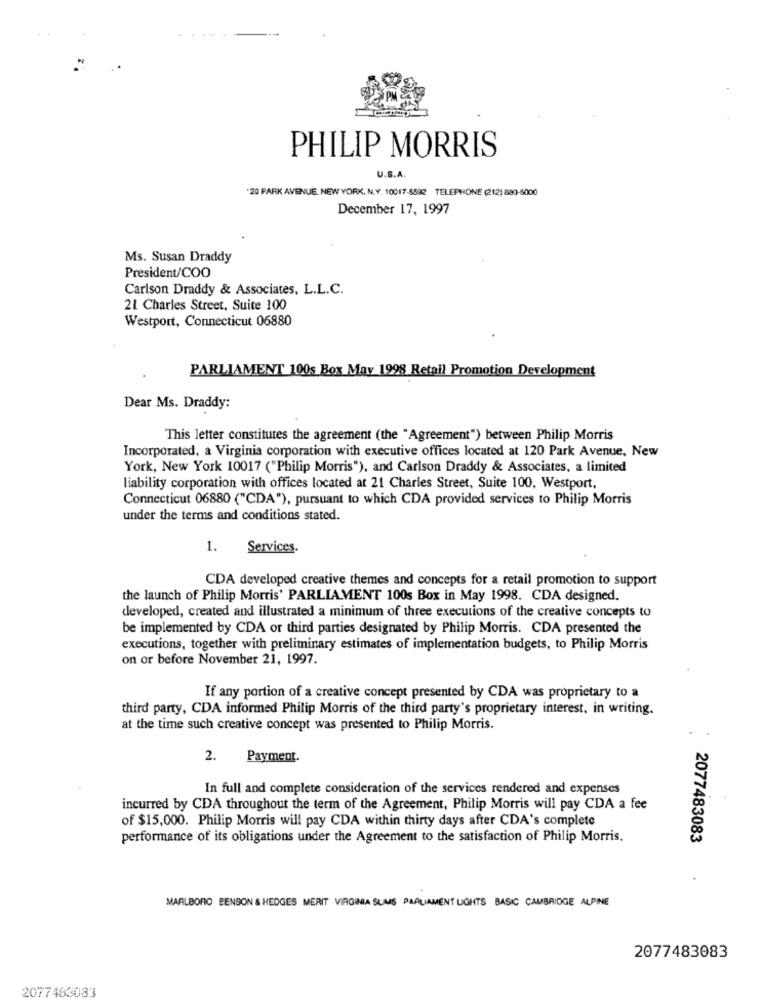
PHILIP MORRIS
U.S.A.
-20 PARK AVENUE, NEW YORK, N.Y. 10017-8532 TELEPHONE (212) 880-6000
December 17, 1997
Ms. Susan Draddy
President/COO
Carlson Draddy & Associates, L.L.C.
21 Charles Street, Suite 100
Westport, Connecticut 06880
PARLIAMENT 100s Box May 1998 Retail Promotion Development
Dear Ms. Draddy:
This letter constitutes the agreement (the "Agreement") between Philip Morris
Incorporated, a Virginia corporation with executive offices located at 120 Park Avenue, New
York, New York 10017 ("Philip Morris"), and Carlson Draddy & Associates, a limited
liability corporation with offices located at 21 Charles Street, Suite 100, Westport,
Connecticut 06880 ("CDA"), pursuant to which CDA provided services to Philip Morris
under the terms and conditions stated.
1.
Services.
CDA developed creative themes and concepts for a retail promotion to support
the launch of Philip Morris' PARLIAMENT 100s Box in May 1998. CDA designed.
developed, created and illustrated a minimum of three executions of the creative concepts to
be implemented by CDA or third parties designated by Philip Morris. CDA presented the
executions, together with preliminary estimates of implementation budgets, to Philip Morris
on or before November 21, 1997.
If any portion of a creative concept presented by CDA was proprietary to a
third party, CDA informed Philip Morris of the third party's proprietary interest, in writing.
at the time such creative concept was presented to Philip Morris.
2. Payment.
In full and complete consideration of the services rendered and expenses
incurred by CDA throughout the term of the Agreement, Philip Morris will pay CDA a fee
of $15,000. Philip Morris will pay CDA within thirty days after CDA's complete
performance of its obligations under the Agreement to the satisfaction of Philip Morris.
2077483083
MARLBORO BENSON & HEDGES MERIT VIRGINIA SUMS PARLIAMENT LIGHTS BASIC CAMBRIDGE ALPINE
2077483083
2077463083